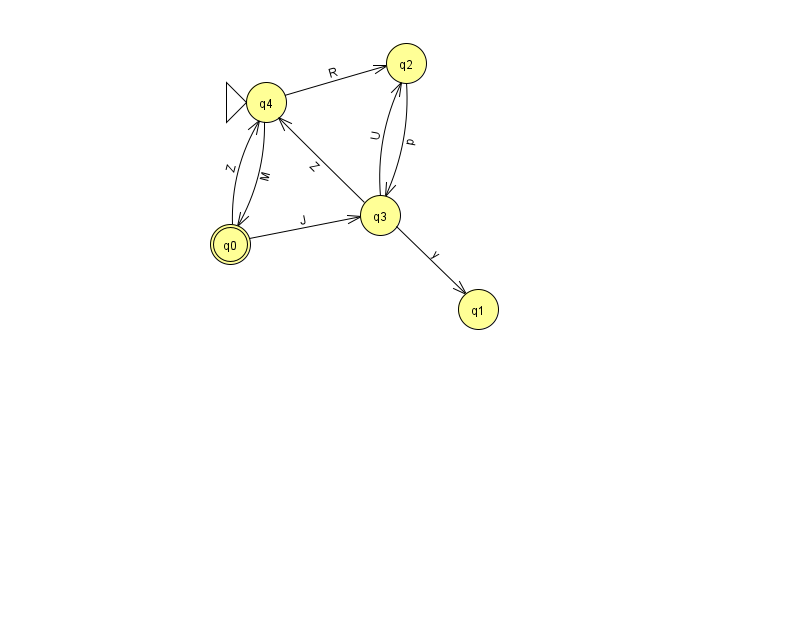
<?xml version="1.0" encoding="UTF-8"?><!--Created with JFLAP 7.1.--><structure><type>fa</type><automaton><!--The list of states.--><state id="0" name="q0"><x>230.0</x><y>231.0</y><final/></state><state id="1" name="q1"><x>478.0</x><y>296.0</y></state><state id="2" name="q2"><x>406.0</x><y>50.0</y></state><state id="3" name="q3"><x>380.0</x><y>202.0</y></state><state id="4" name="q4"><x>266.0</x><y>89.0</y><initial/></state><!--The list of transitions.--><transition><from>0</from><to>3</to><read>J</read></transition><transition><from>3</from><to>1</to><read>y</read></transition><transition><from>3</from><to>4</to><read>Z</read></transition><transition><from>4</from><to>2</to><read>R</read></transition><transition><from>4</from><to>0</to><read>M</read></transition><transition><from>2</from><to>3</to><read>p</read></transition><transition><from>3</from><to>2</to><read>U</read></transition><transition><from>0</from><to>4</to><read>Z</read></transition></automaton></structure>